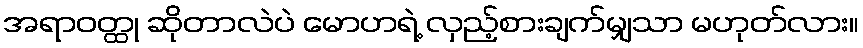
အရာဝတ္ထု ဆိုတာလဲပဲ မောဟရဲ့ လှည့်စားချက်မျှသာ မဟုတ်လား။